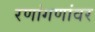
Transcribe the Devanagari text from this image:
रणांगणांवर